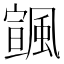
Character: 𩘒